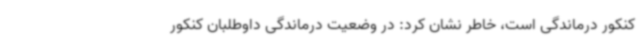
کنکور درماندگی است، خاطر نشان کرد: در وضعیت درماندگی داوطلبان کنکور